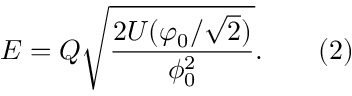
E = Q { \sqrt { \frac { 2 U ( \varphi _ { 0 } / { \sqrt { 2 } } ) } { \phi _ { 0 } ^ { 2 } } } } . \, \, \, \, \, \, \, \, \, \, \, \, ( 2 )